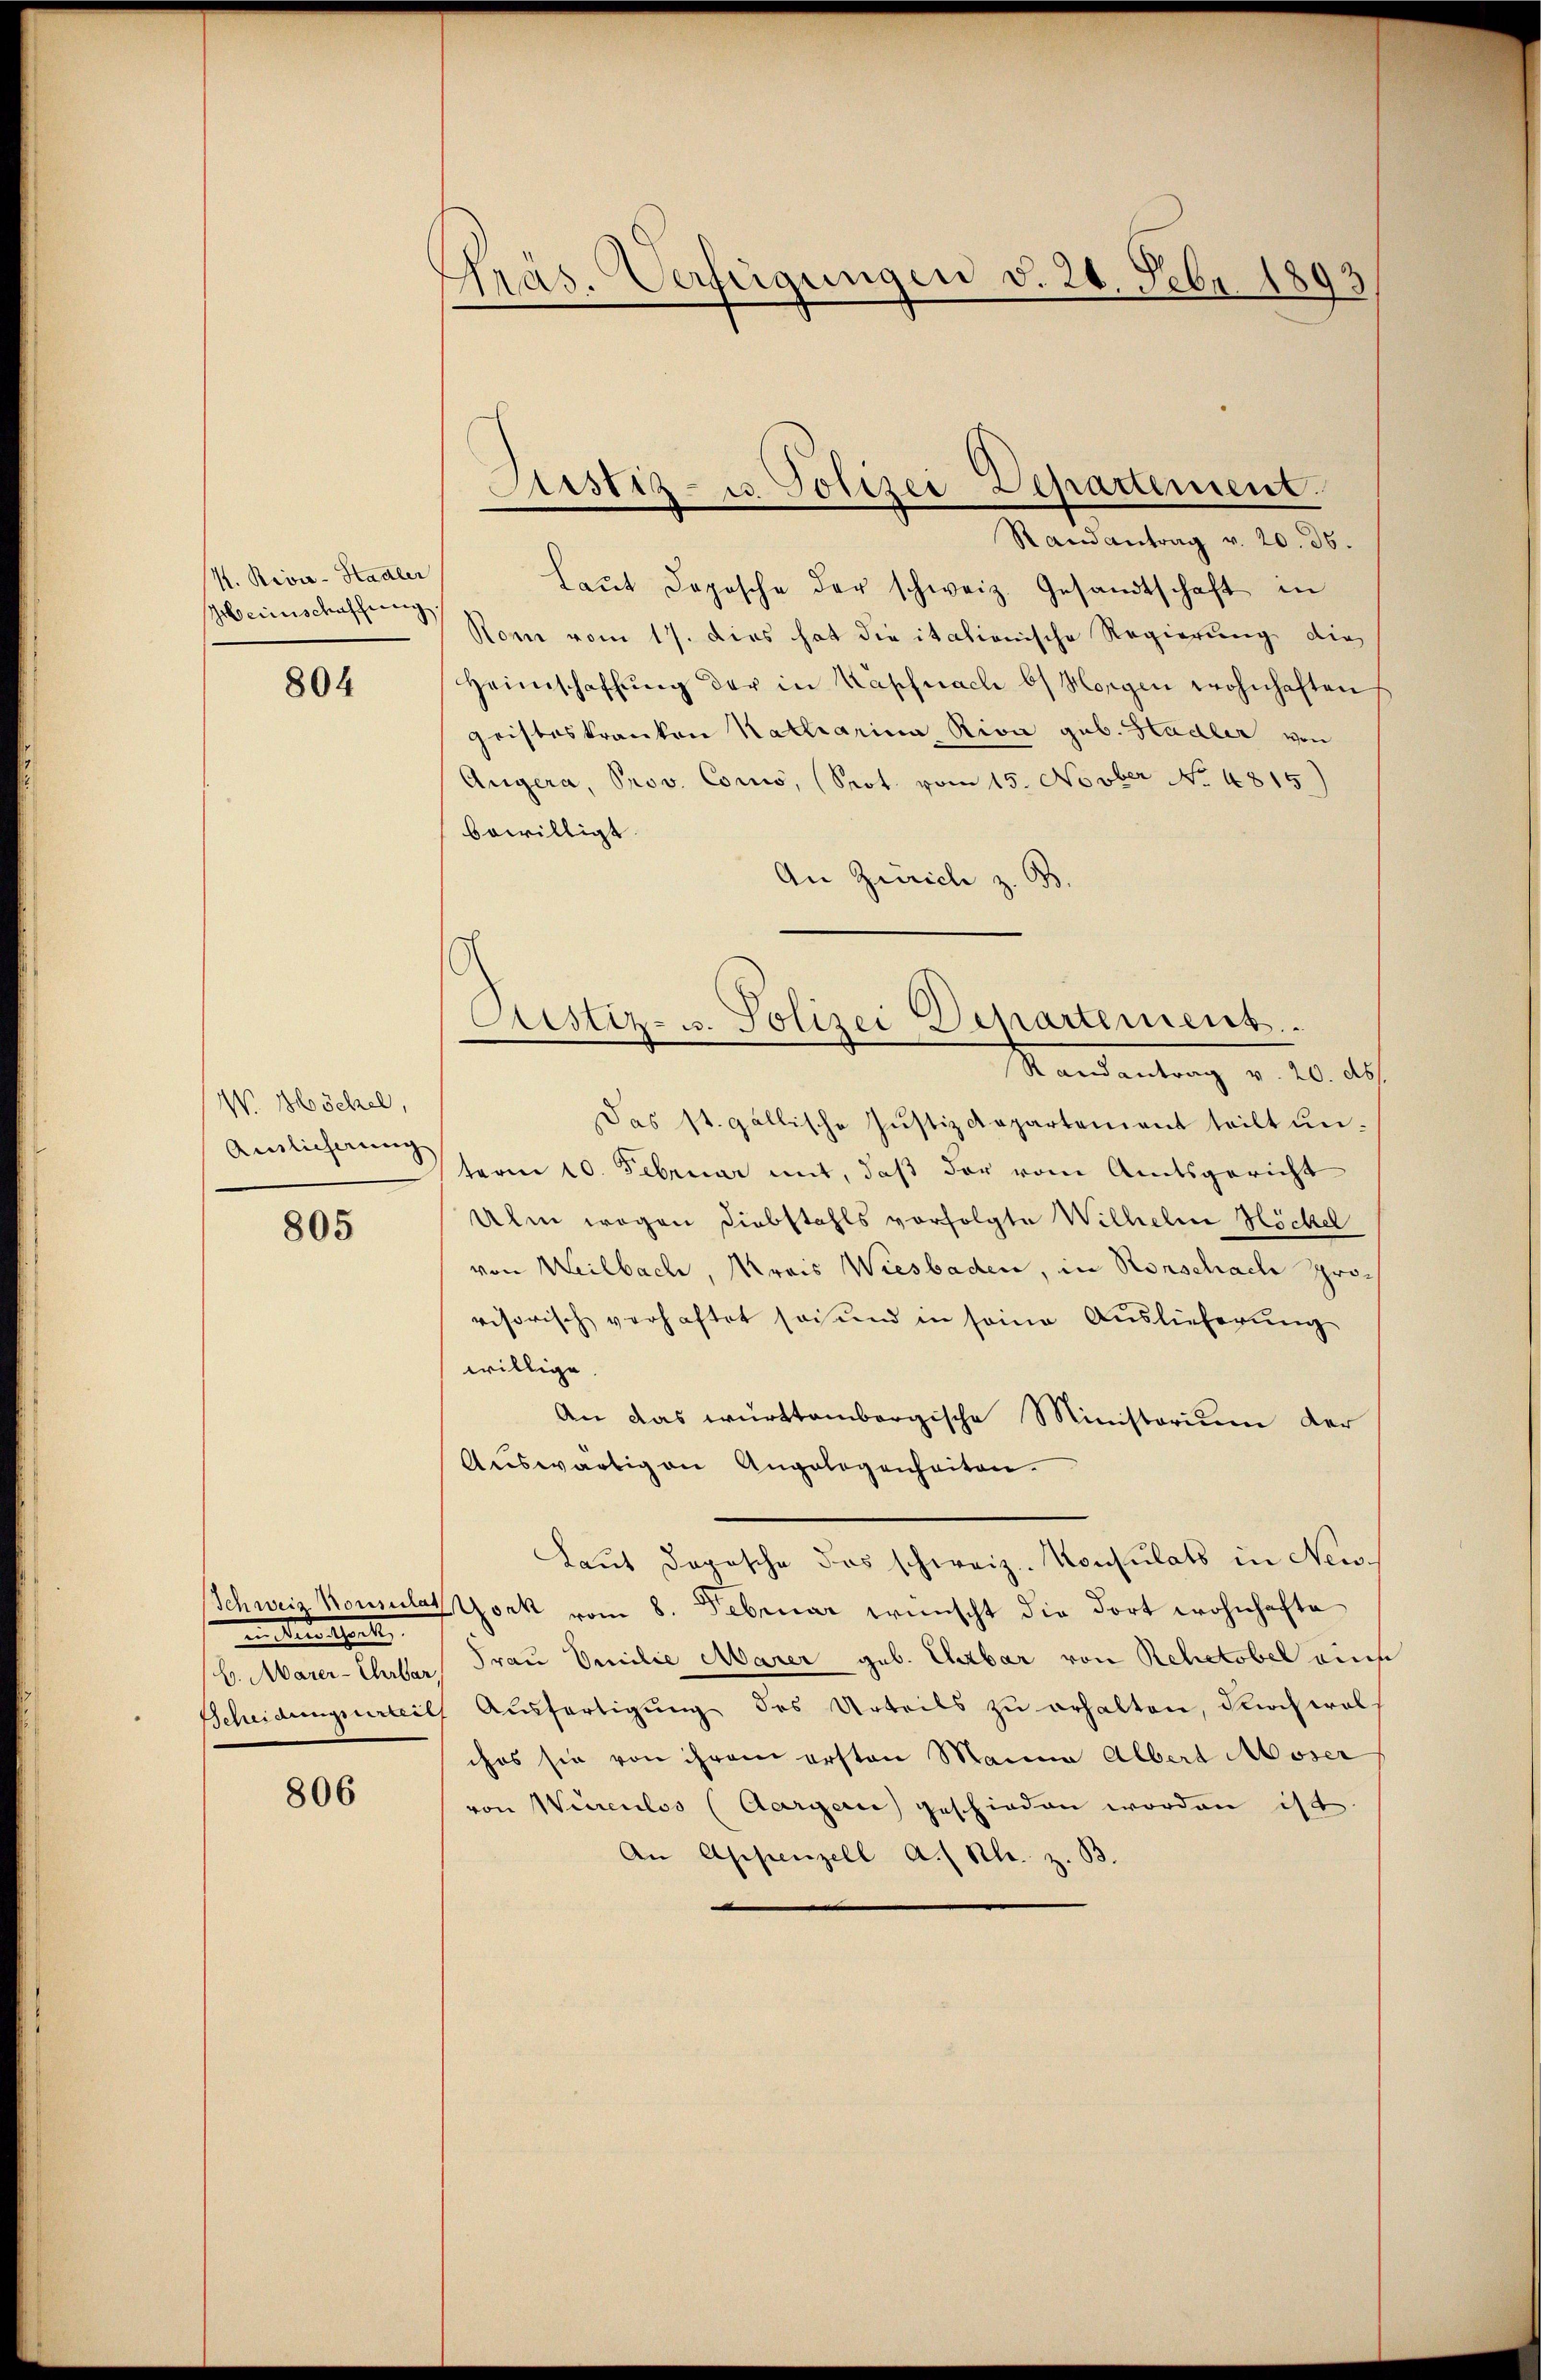
I. Rivie - Hadler
Hbeinschaffung.

804

W. Höchel,
Anslicherung

805

in Bedenheit,
b. Marer-Ehrbar,

806

Präs. Verfügungen d. 24. Febr. 1893/

Randantrag v. 20. 36.
Laŭt Dopische der schweiz. Gesandtschaft in
Rom vom 17. Dies hat die itationische Regierung die
Heimschaffŭng der in Kapfnach bis Morgen wohnhaften
geisteskranken Katharina, Riva geb. Stadler von
Angera, Prov. Como, (Seot. vom 15. Novber No. 4815.
bewilligt.
An Zürich z. B.
Das st. gallische Justizdepartement teilt unterm 10. Februar mit, daß der vom Amtsgericht
Ulm wegen Diebstahls vorfolgte Wilhelne Höckel
von Weilbach, Krais Wiesbaden, in Ronschache Provisorisch verhaftet sei und in seine Auslieferung
willige
An das württembergische Ministorium der
Auswärtigen Angelegenheiten.
Laut Dopische das schweiz. Konsulats in New-
Schweiz Konsulatork vom 8. Februar wünscht die dort wohnhafte
Frau Emilie Marer geb. Erzbar von Rehetobel ein
Scheidungsurteil, Ausfertigung des Urteils zu erhalten, durch wolches sie von ihrem ersten Manne Albert Moser
von Würenlos (Aargau geschieden worden ist.
An Appenzell A. ( Kl. z. B

Airstiz- u. Polizei-Departement.

Justiz- u. Polizei Departement.
Mandantung v. 20. de